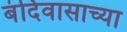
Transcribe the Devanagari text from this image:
बंदिवासाच्या